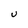
Character: U